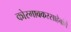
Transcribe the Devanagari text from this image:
कोरगावकरसाहेबांचे